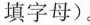
填字母)。